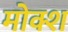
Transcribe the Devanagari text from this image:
मोक्श